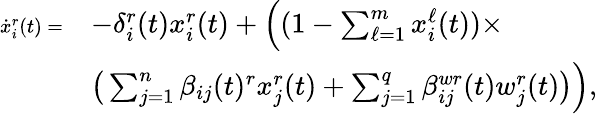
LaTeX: \begin{array}{rl}{\scriptsize\dot{x}_{i}^{r}(t)=}&{-\delta_{i}^{r}(t)x_{i}^{r}(t)+\Big((1-\textstyle\sum_{\ell=1}^{m}x_{i}^{\ell}(t))\times}\\ &{\big(\textstyle\sum_{j=1}^{n}\beta_{ij}(t)^{r}x_{j}^{r}(t)+\textstyle\sum_{j=1}^{q}\beta_{ij}^{wr}(t)w_{j}^{r}(t)\big)\Big),}\end{array}